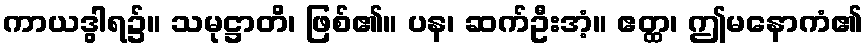
ကာယဒွါရ၌။ သမုဋ္ဌာတိ၊ ဖြစ်၏။ ပန၊ ဆက်ဦးအံ့။ ဧတ္ထ၊ ဤမနောကံ၏